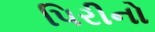
પિરીનો